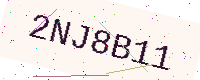
Text: 2NJ8B11